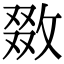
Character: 敪